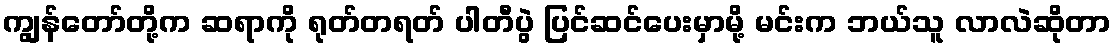
ကျွန်တော်တို့က ဆရာကို ရုတ်တရတ် ပါတီပွဲ ပြင်ဆင်ပေးမှာမို့ မင်းက ဘယ်သူ လာလဲဆိုတာ